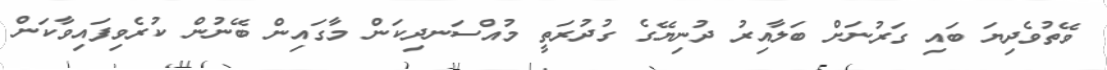
ވޭތުވެދިޔަ ބައި ގަރުނަށް ބަލާއިރު ދުނިޔޭގެ ގުދުރަތީ މުއްސަނދިކަން މާގައިން ބޭނުން ކުރެވިފައިވާކަން